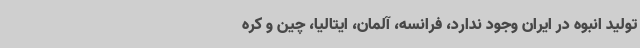
تولید انبوه در ایران وجود ندارد، فرانسه، آلمان، ایتالیا، چین و کره